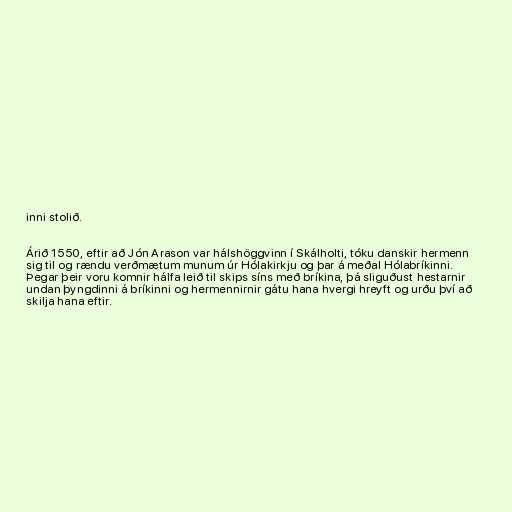
inni stolið.

Árið 1550, eftir að Jón Arason var hálshöggvinn í Skálholti, tóku danskir hermenn
sig til og rændu verðmætum munum úr Hólakirkju og þar á meðal Hólabríkinni.
Þegar þeir voru komnir hálfa leið til skips síns með bríkina, þá sliguðust hestarnir
undan þyngdinni á bríkinni og hermennirnir gátu hana hvergi hreyft og urðu því að
skilja hana eftir.